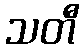
သတီ